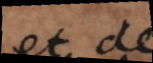
et d